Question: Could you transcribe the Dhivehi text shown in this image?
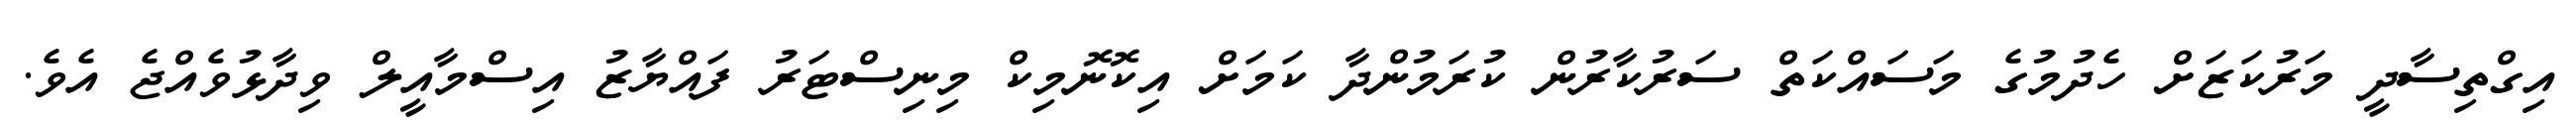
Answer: އިގްތިސާދީ މަރުކަޒަށް ހެދުމުގެ މަސައްކަތް ސަރުކާރުން ކުރަމުންދާ ކަމަށް އިކޮނޮމިކް މިނިސްޓަރު ފައްޔާޒު އިސްމާއީލް ވިދާޅުވެއްޖެ އެވެ.